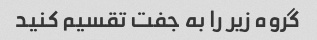
گروه زیر را به جفت تقسیم کنید